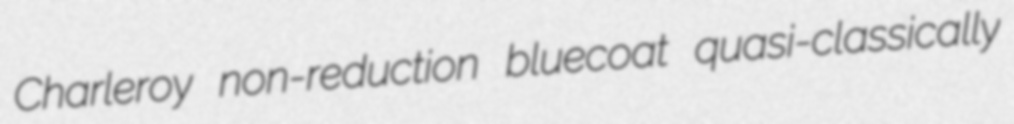
Charleroy non-reduction bluecoat quasi-classically